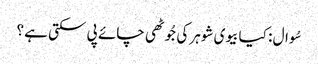
سُوال : کیا بیوی شوہر کی جُوٹھی چائے پی سکتی ہے ؟